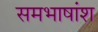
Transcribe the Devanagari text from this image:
समभाषांश